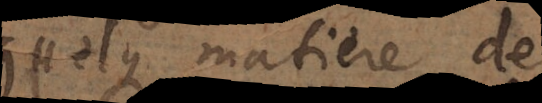
quelque matière de